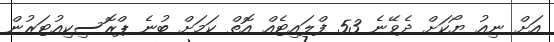
އަށް ނިއު ޔޯކަށް ދެވޭނެ 53 ފްލައިޓެއް އޮތް ކަމަށް ބުނެ ޕްރޮސިކިއުޓަރުން